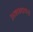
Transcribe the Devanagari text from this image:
अलहदापन।